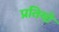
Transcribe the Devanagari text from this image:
प्रतियो